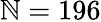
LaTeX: \mathbb{N}=196